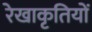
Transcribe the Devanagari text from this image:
रेखाकृतियों